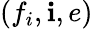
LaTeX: (f_{i},\mathbf{i},e)